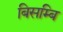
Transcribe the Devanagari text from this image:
बिसम्बि